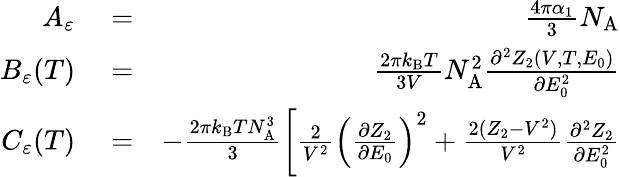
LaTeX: \begin{array}{rlr}{A_{\varepsilon}}&{{}=}&{\frac{4\pi\alpha_{1}}{3}N_{\mathrm{A}}}\\ {B_{\varepsilon}(T)}&{{}=}&{\frac{2\pi k_{\mathrm{B}}T}{3V}N_{\mathrm{A}}^{2}\frac{\partial^{2}Z_{2}(V,T,E_{0})}{\partial E_{0}^{2}}}\\ {C_{\varepsilon}(T)}&{{}=}&{-\frac{2\pi k_{\mathrm{B}}TN_{\mathrm{A}}^{3}}{3}\left[\frac{2}{V^{2}}\left(\frac{\partial Z_{2}}{\partial E_{0}}\right)^{2}+\frac{2(Z_{2}-V^{2})}{V^{2}}\frac{\partial^{2}Z_{2}}{\partial E_{0}^{2}}\right.}\end{array}